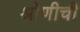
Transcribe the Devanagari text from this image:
श्रोणीची